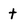
Character: t